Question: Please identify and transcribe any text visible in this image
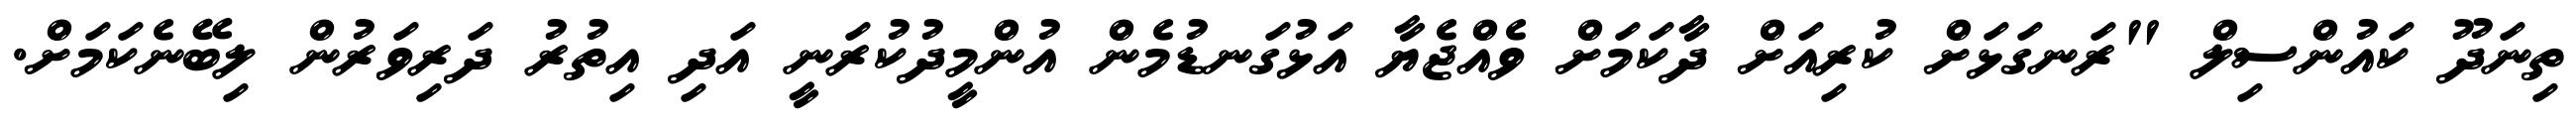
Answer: ތިނަދޫ ކައުންސިލް "ރަނގަޅަށް ކުރިއަށް ދާކަމަށް ވެއްޖެޔާ އަޅުގަނޑުމެން އުންމީދުކުރަނީ އަދި އިތުރު ދަރިވަރުން ލިބޭނެކަމަށް.